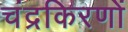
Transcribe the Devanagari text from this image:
चंद्रकिरणों